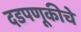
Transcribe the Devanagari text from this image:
दडपणूकीचे